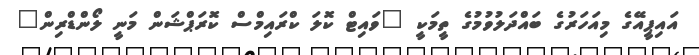
އައިޕީއޭގެ މިއަހަރުގެ ބައްދަލުވުމުގެ ތީމަކީ "ވައިޓް ކޮލަ ކްރައިމްސް ކޮރަޕްޝަން މަނީ ލޯންޑްރިން"